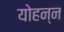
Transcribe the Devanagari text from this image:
योहन्न